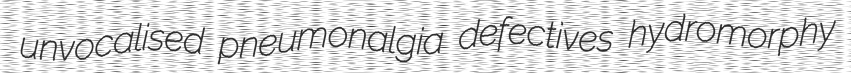
unvocalised pneumonalgia defectives hydromorphy